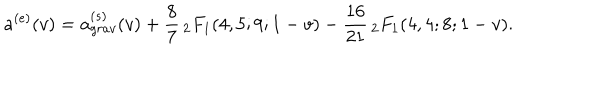
a ^ { ( e ) } ( v ) = a _ { g r a v } ^ { ( s ) } ( v ) + \frac { 8 } { 7 } \, _ { 2 } F _ { 1 } ( 4 , 5 ; 9 ; 1 - v ) - \frac { 1 6 } { 2 1 } \, _ { 2 } F _ { 1 } ( 4 , 4 ; 8 ; 1 - v ) .